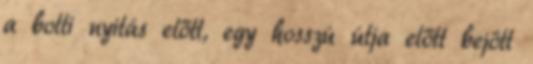
a bolti nyitás előtt, egy hosszú útja előtt bejött